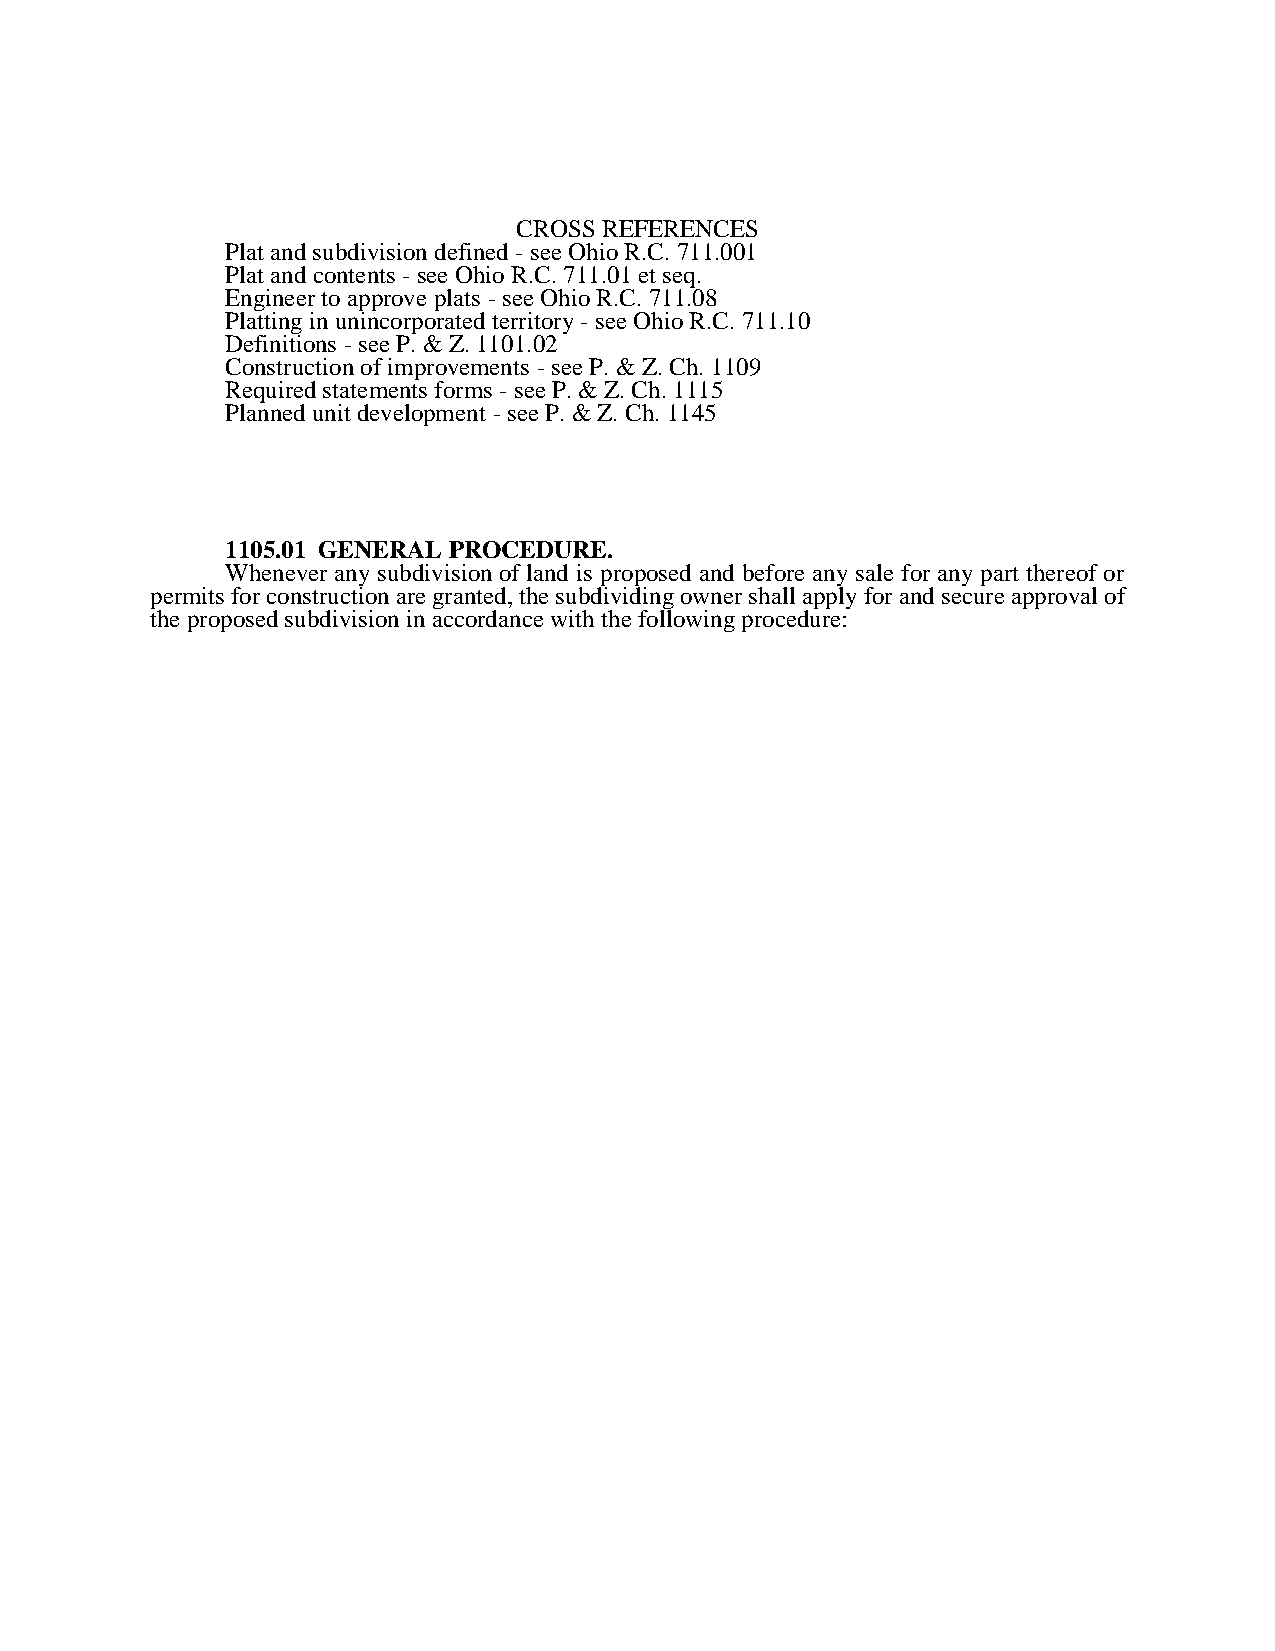
CROSS REFERENCES
 Plat and subdivision defined - see Ohio R.C. 711.001
 Plat and contents - see Ohio R.C. 711.01 et seq.
 Engineer to approve plats - see Ohio R.C. 711.08
 Platting in unincorporated territory - see Ohio R.C. 711.10
 Definitions - see P. & Z. 1101.02
 Construction of improvements - see P. & Z. Ch. 1109
 Required statements forms - see P. & Z. Ch. 1115
 Planned unit development - see P. & Z. Ch. 1145
 1105.01 GENERAL PROCEDURE.
 Whenever any subdivision of land is proposed and before any sale for any part thereof or
 permits for construction are granted, the subdividing owner shall apply for and secure approval of
 the proposed subdivision in accordance with the following procedure: